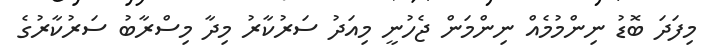
މިފަދަ ބޮޑު ނިންމުމެއް ނިންމަން ޖެހުނީ މިއަދު ސަރުކާރު މިދާ މިސްރާބު ސަރުކާރުގެ